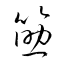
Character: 筯